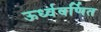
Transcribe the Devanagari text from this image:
ऊर्ध्ववर्णित